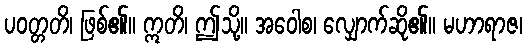
ပဝတ္တတိ၊ ဖြစ်၏။ ဣတိ၊ ဤသို့။ အဝေါစ၊ လျှောက်ဆို၏။ မဟာရာဇ၊